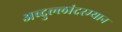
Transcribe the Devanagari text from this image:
अब्दुल्लांदरम्यान